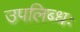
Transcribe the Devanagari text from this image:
उपलिब्धः